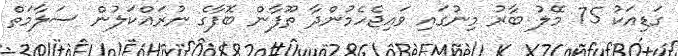
ގަޑިއަކު 75 މޭލު ބާރު މިނުގައި ވައިޖެހެމުންދާ ތޫފާން ބޮފާގެ ނުރައްކަލުން ސަލާމަތް